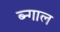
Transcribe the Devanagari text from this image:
ब्न्गाल